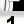
Digit: 1